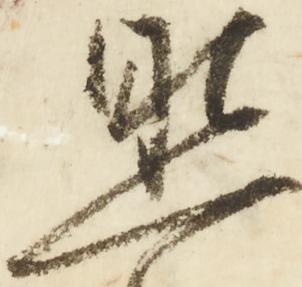
照